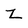
Character: Z